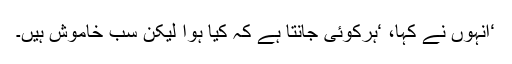
‘انہوں نے کہا، ‘ہرکوئی جانتا ہے کہ کیا ہوا لیکن سب خاموش ہیں۔